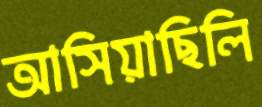
আসিয়াছিলি